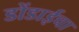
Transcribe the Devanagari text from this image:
डोंडाईचा